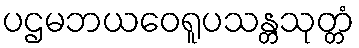
ပဌမဘယဝေရူပသန္တသုတ္တံ